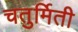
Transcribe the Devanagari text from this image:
चतुर्मिती